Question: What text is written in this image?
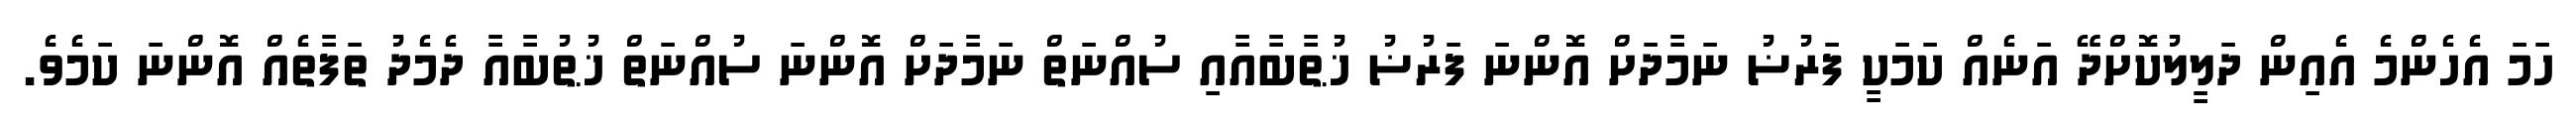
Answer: ހަމަ އެހެންމެ އެއިން ދަލީލުކޮށްދޭ އަނެއް ކަމަކީ ފަރުޟު ނަމާދަށް އޮންނަ ފަރުޟު ޚުޠާބާއާއި ސުއްނަތް ނަމާދަށް އޮންނަ ސުއްނަތް ޚުޠުބާއާ ދެމެދު ތަފާތެއް އޮންނަ ކަމެވެ.